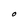
Character: O